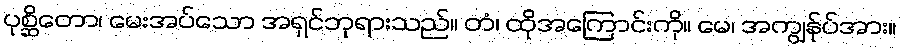
ပုစ္ဆိတော၊ မေးအပ်သော အရှင်ဘုရားသည်။ တံ၊ ထိုအကြောင်းကို။ မေ၊ အကျွန်ုပ်အား။